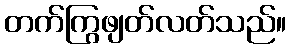
တက်ကြွဖျတ်လတ်သည်။